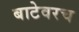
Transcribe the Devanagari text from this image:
बाटेवरच